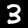
Label: 3